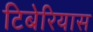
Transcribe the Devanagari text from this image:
टिबेरियास